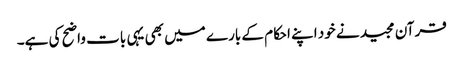
قرآن مجید نے خود اپنے احکام کے بارے میں بھی یہی بات واضح کی ہے۔